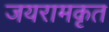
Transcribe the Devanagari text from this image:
जयरामकृत